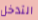
التدخل